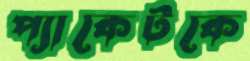
প্যাকেটকে